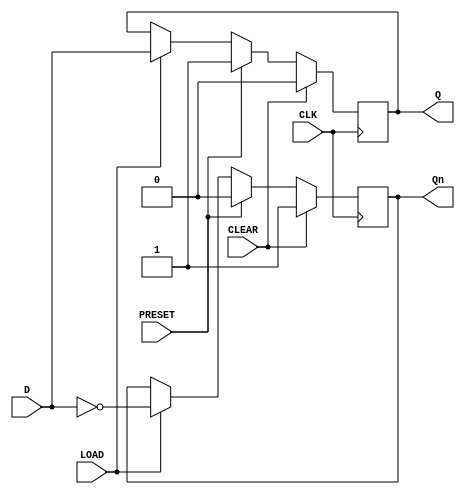
module sync_load_d_flip_flop (
    input D,
    input CLK,
    input LOAD,
    input CLEAR,
    input PRESET,
    output reg Q,
    output reg Qn
);

always @(posedge CLK) begin
    if (CLEAR) begin
        Q <= 1'b0;
        Qn <= 1'b1;
    end else if (PRESET) begin
        Q <= 1'b1;
        Qn <= 1'b0;
    end else if (LOAD) begin
        Q <= D;
        Qn <= ~D;
    end
end

endmodule